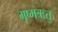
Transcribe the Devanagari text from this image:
गृष्‍मऋतु